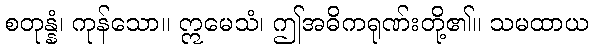
စတုန္နံ၊ ကုန်သော။ ဣမေသံ၊ ဤအဓိကရုဏ်းတို့၏။ သမထာယ